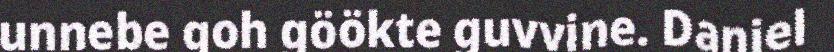
unnebe goh göökte guvvine. Daniel